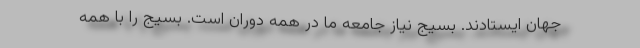
جهان ایستادند. بسیج نیاز جامعه ما در همه دوران است. بسیج را با همه